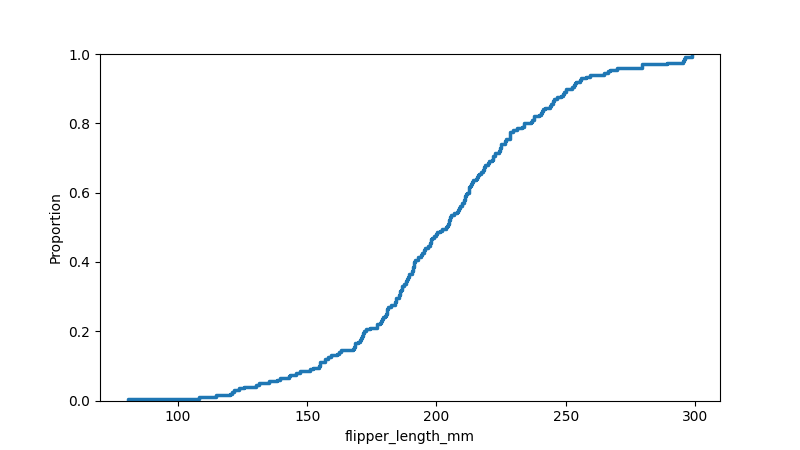
python, seaborn, ecdfplot, column='flipper_length_mm', hue='all', stat='proportion', linewidth=2.5